Scottish Certificate of Education, 1963
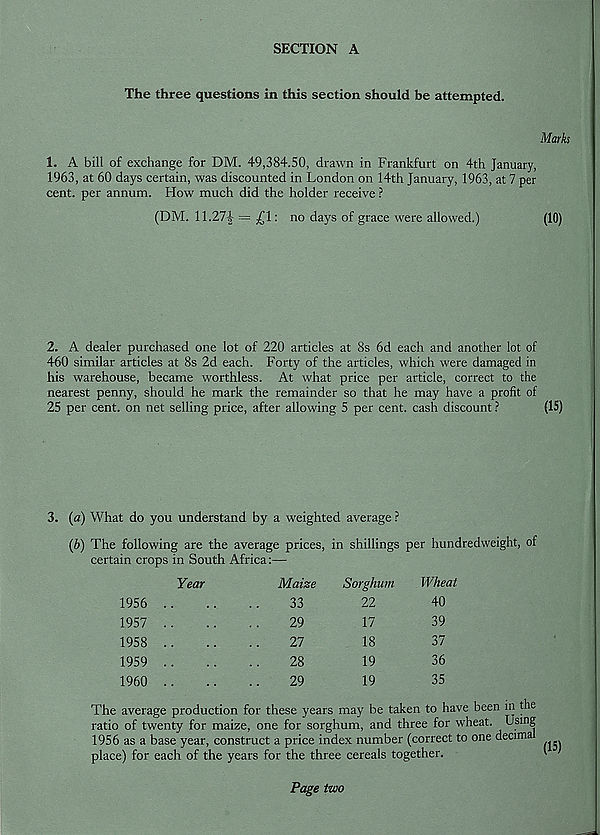
SECTION A
The three questions in this section should be attempted.
Marks
1. A bill of exchange for DM. 49,384.50, drawn in Frankfurt on 4th January,
1963, at 60 days certain, was discounted in London on 14th January, 1963, at 7 per
cent, per annum. How much did the holder receive ?
(DM. 11.27|- = £1: no days of grace were allowed.)
(10)
2. A dealer purchased one lot of 220 articles at 8s 6d each and another lot of
460 similar articles at 8s 2d each. Forty of the articles, which were damaged in
his warehouse, became worthless. At what price per article, correct to the
nearest penny, should he mark the remainder so that he may have a profit of
25 per cent, on net selling price, after allowing 5 per cent, cash discount ?
(15)
3. (a) What do you understand by a weighted average ?
(b) The following are the average prices, in shillings per hundredweight, of
certain crops in South Africa:—
Year
Maize
1956
33
1957
1958
1959
1960
29
27
28
29
Sorghum
22
17
18
19
19
Wheat
40
39
37
36
35
The average production for these years may be taken to have been in the
ratio of twenty for maize, one for sorghum, and three for wheat. Using
1956 as a base year, construct a price index number (correct to one decima
place) for each of the years for the three cereals together.
1
Page two